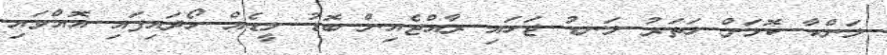
ލަންކާ ކޮޅަށް ހަތަރު ލަނޑު ޖަހައި ރާއްޖެއިން ބޮޑު ލީޑެއް ހޯދައިފައި އޮއްވައި